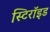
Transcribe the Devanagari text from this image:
स्टिरॉइड